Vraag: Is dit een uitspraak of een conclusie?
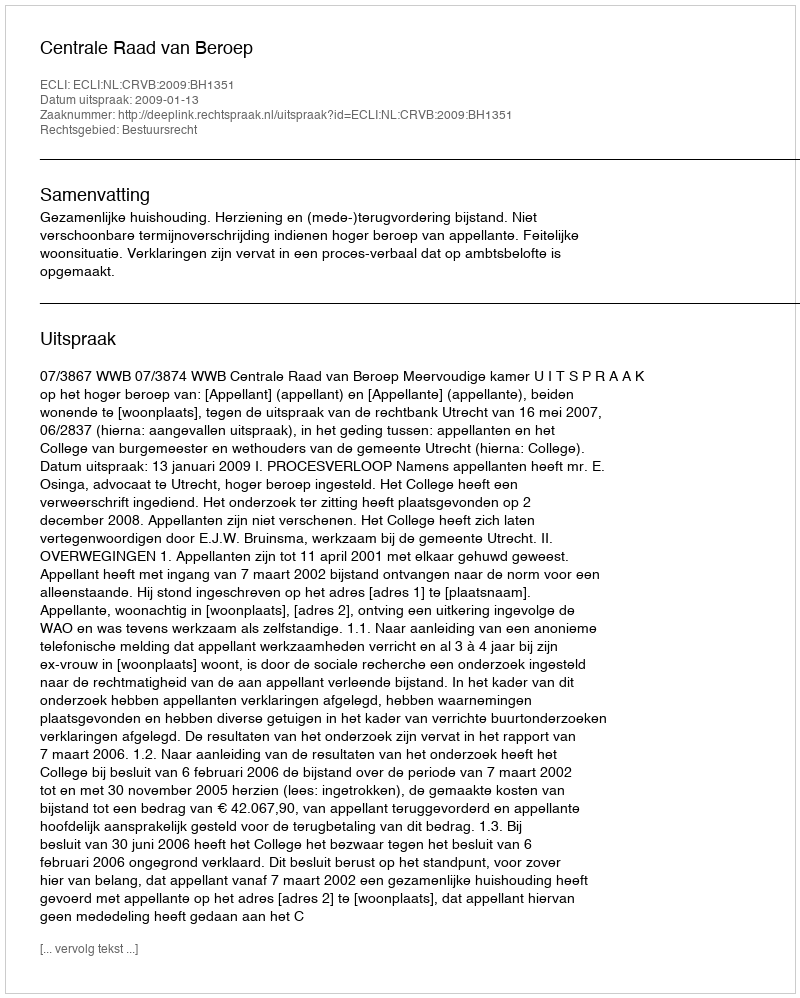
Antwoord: Uitspraak